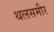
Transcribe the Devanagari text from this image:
थलसमीर